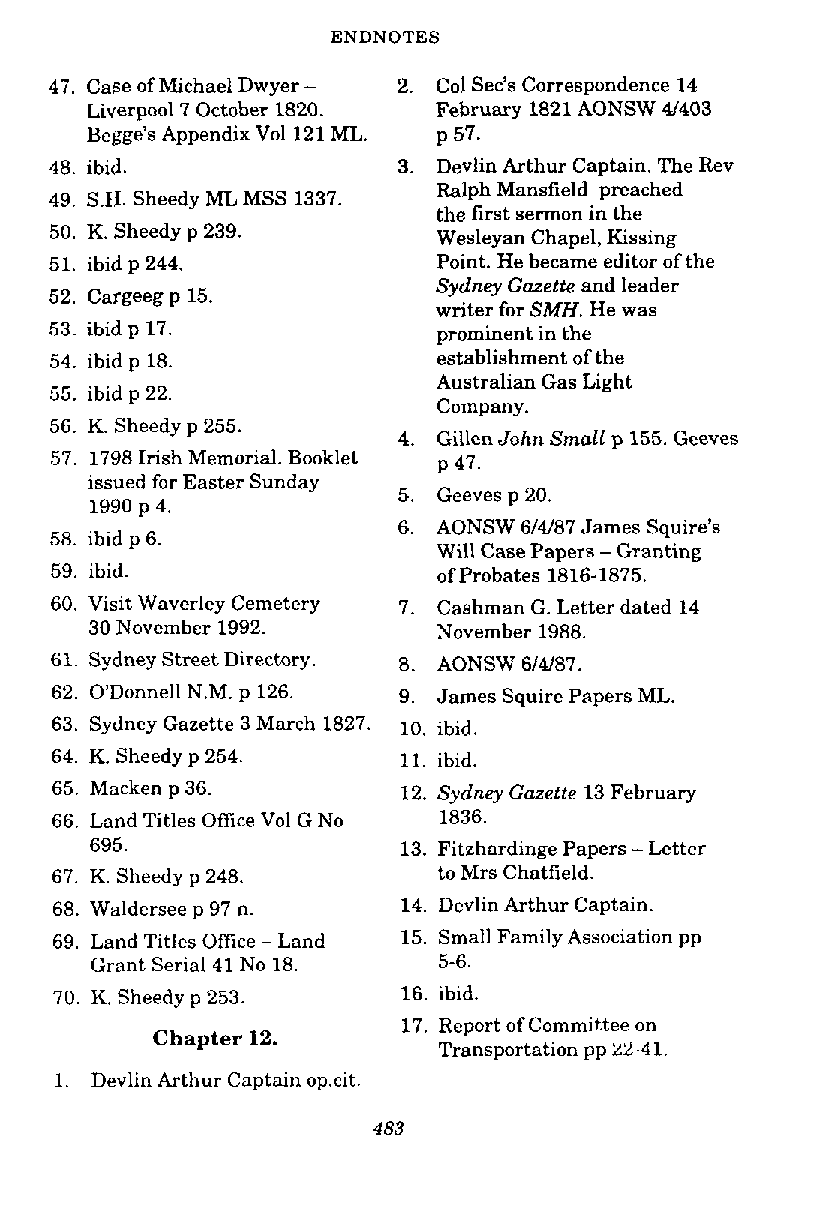
ENDNOTES
 47. Case of Michael Dwyer - 2. Col Sec's Correspondence 14
 Liverpool 7 October 1820. February 1821 AONSW 4/403
 Begge's Appendix Vol 121 ML. p 57.
 48. ibid.              3. Devlin Arthur Captain. The Rev
 Ralph Mansfield preached
 49. S.N. Sheedy ML MSS 1337.
 the first sermon in the
 50. K. Sheedy p 239.      Weslevan Chaoel. Kissine
 5.1- .. i.h- i.d. D 244.  point.-~eb ecame editor if the
 Sydney Gazette and leader
 52. Cargeeg p 15
 writer for SMH. He was
 53. ibid p 17.            ~rominenitn the
 54. ibid p 18.            establishment of the
 Australian Gas Light
 55. ibid p 22.
 Company.
 56. K. Sheedy p 255.
 4. Gillen John Small p 155. Geeves
 57. 1798 Irish Memorial. Booklet p 47.
 issued for Easter Sunday
 5. Geeves p 20.
 1990 p 4.
 6. AONSW 6/4/87 James Squire's
 58. ibid p 6.
 Will Case Papers -Granting
 59. ibid.                 of Probates 1816-1875.
 60. Visit Waverley Cemetery 7. Cashman G. Letter dated 14
 30 November 1992.      November 1988.
 61. Sydney Street Directory. 8. AONSW 6/4/87.
 62. O'Donnell N.M. p 126. 9. James Squire Papers ML.
 63. Sydney Gazette 3 March 1827. 10. ibid.
 64. K. Sheedy p 254.    11. ibid.
 65. Macken p 36.        12. Sydney Gazette 13 February
 66. Land Titles Off~ceV ol G No 1836.
 695.                 13. Fitzhardinge Papers - Letter
 67. K. Sheedy p 248.      to Mrs Chatfield.
 68. Waldersee p 97 n.  14. Devlin Arthur Captain.
 69. Land Titles Office - Land 15. Small Family Association pp
 Grant Serial 41 No 18. 5-6.
 70. K. Sheedy p 253.   16. ibid.
 17. Report of Committee on
 Chapter 12.
 Transportation pp 22-41.
 1. Devlin Arthur Captain op.cit.